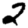
Digit: 2